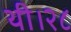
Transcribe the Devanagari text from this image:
थी।२८